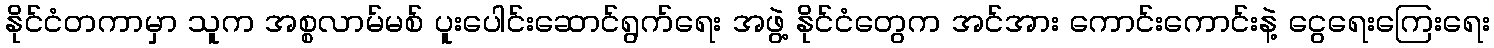
နိုင်ငံတကာမှာ သူက အစ္စလာမ်မစ် ပူးပေါင်းဆောင်ရွက်ရေး အဖွဲ့ နိုင်ငံတွေက အင်အား ကောင်းကောင်းနဲ့ ငွေရေးကြေးရေး